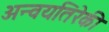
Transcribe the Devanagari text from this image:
अन्वयतिरेकी